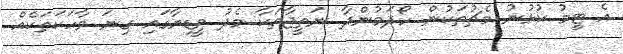
އެ ޓީމު ކުޅުނު މެޗުތަކުން ހޯދަމުންދާ ނަތީޖާތަކާ މެދު މީޑިޔާގައި ގިނަ ވާހަކަތަކެއް